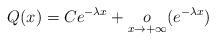
LaTeX: \begin{align*}Q(x)=Ce^{-\lambda x}+\underset{x\rightarrow+\infty}{o}(e^{-\lambda x})\end{align*}